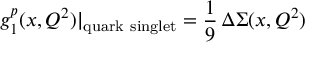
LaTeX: g _ { 1 } ^ { p } ( x , Q ^ { 2 } ) | _ { \mathrm { q u a r k ~ s i n g l e t } } = { \frac { 1 } { 9 } } \, \Delta \Sigma ( x , Q ^ { 2 } )